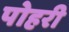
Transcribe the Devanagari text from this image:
पोहरी